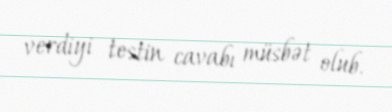
verdiyi testin cavabı müsbət olub.